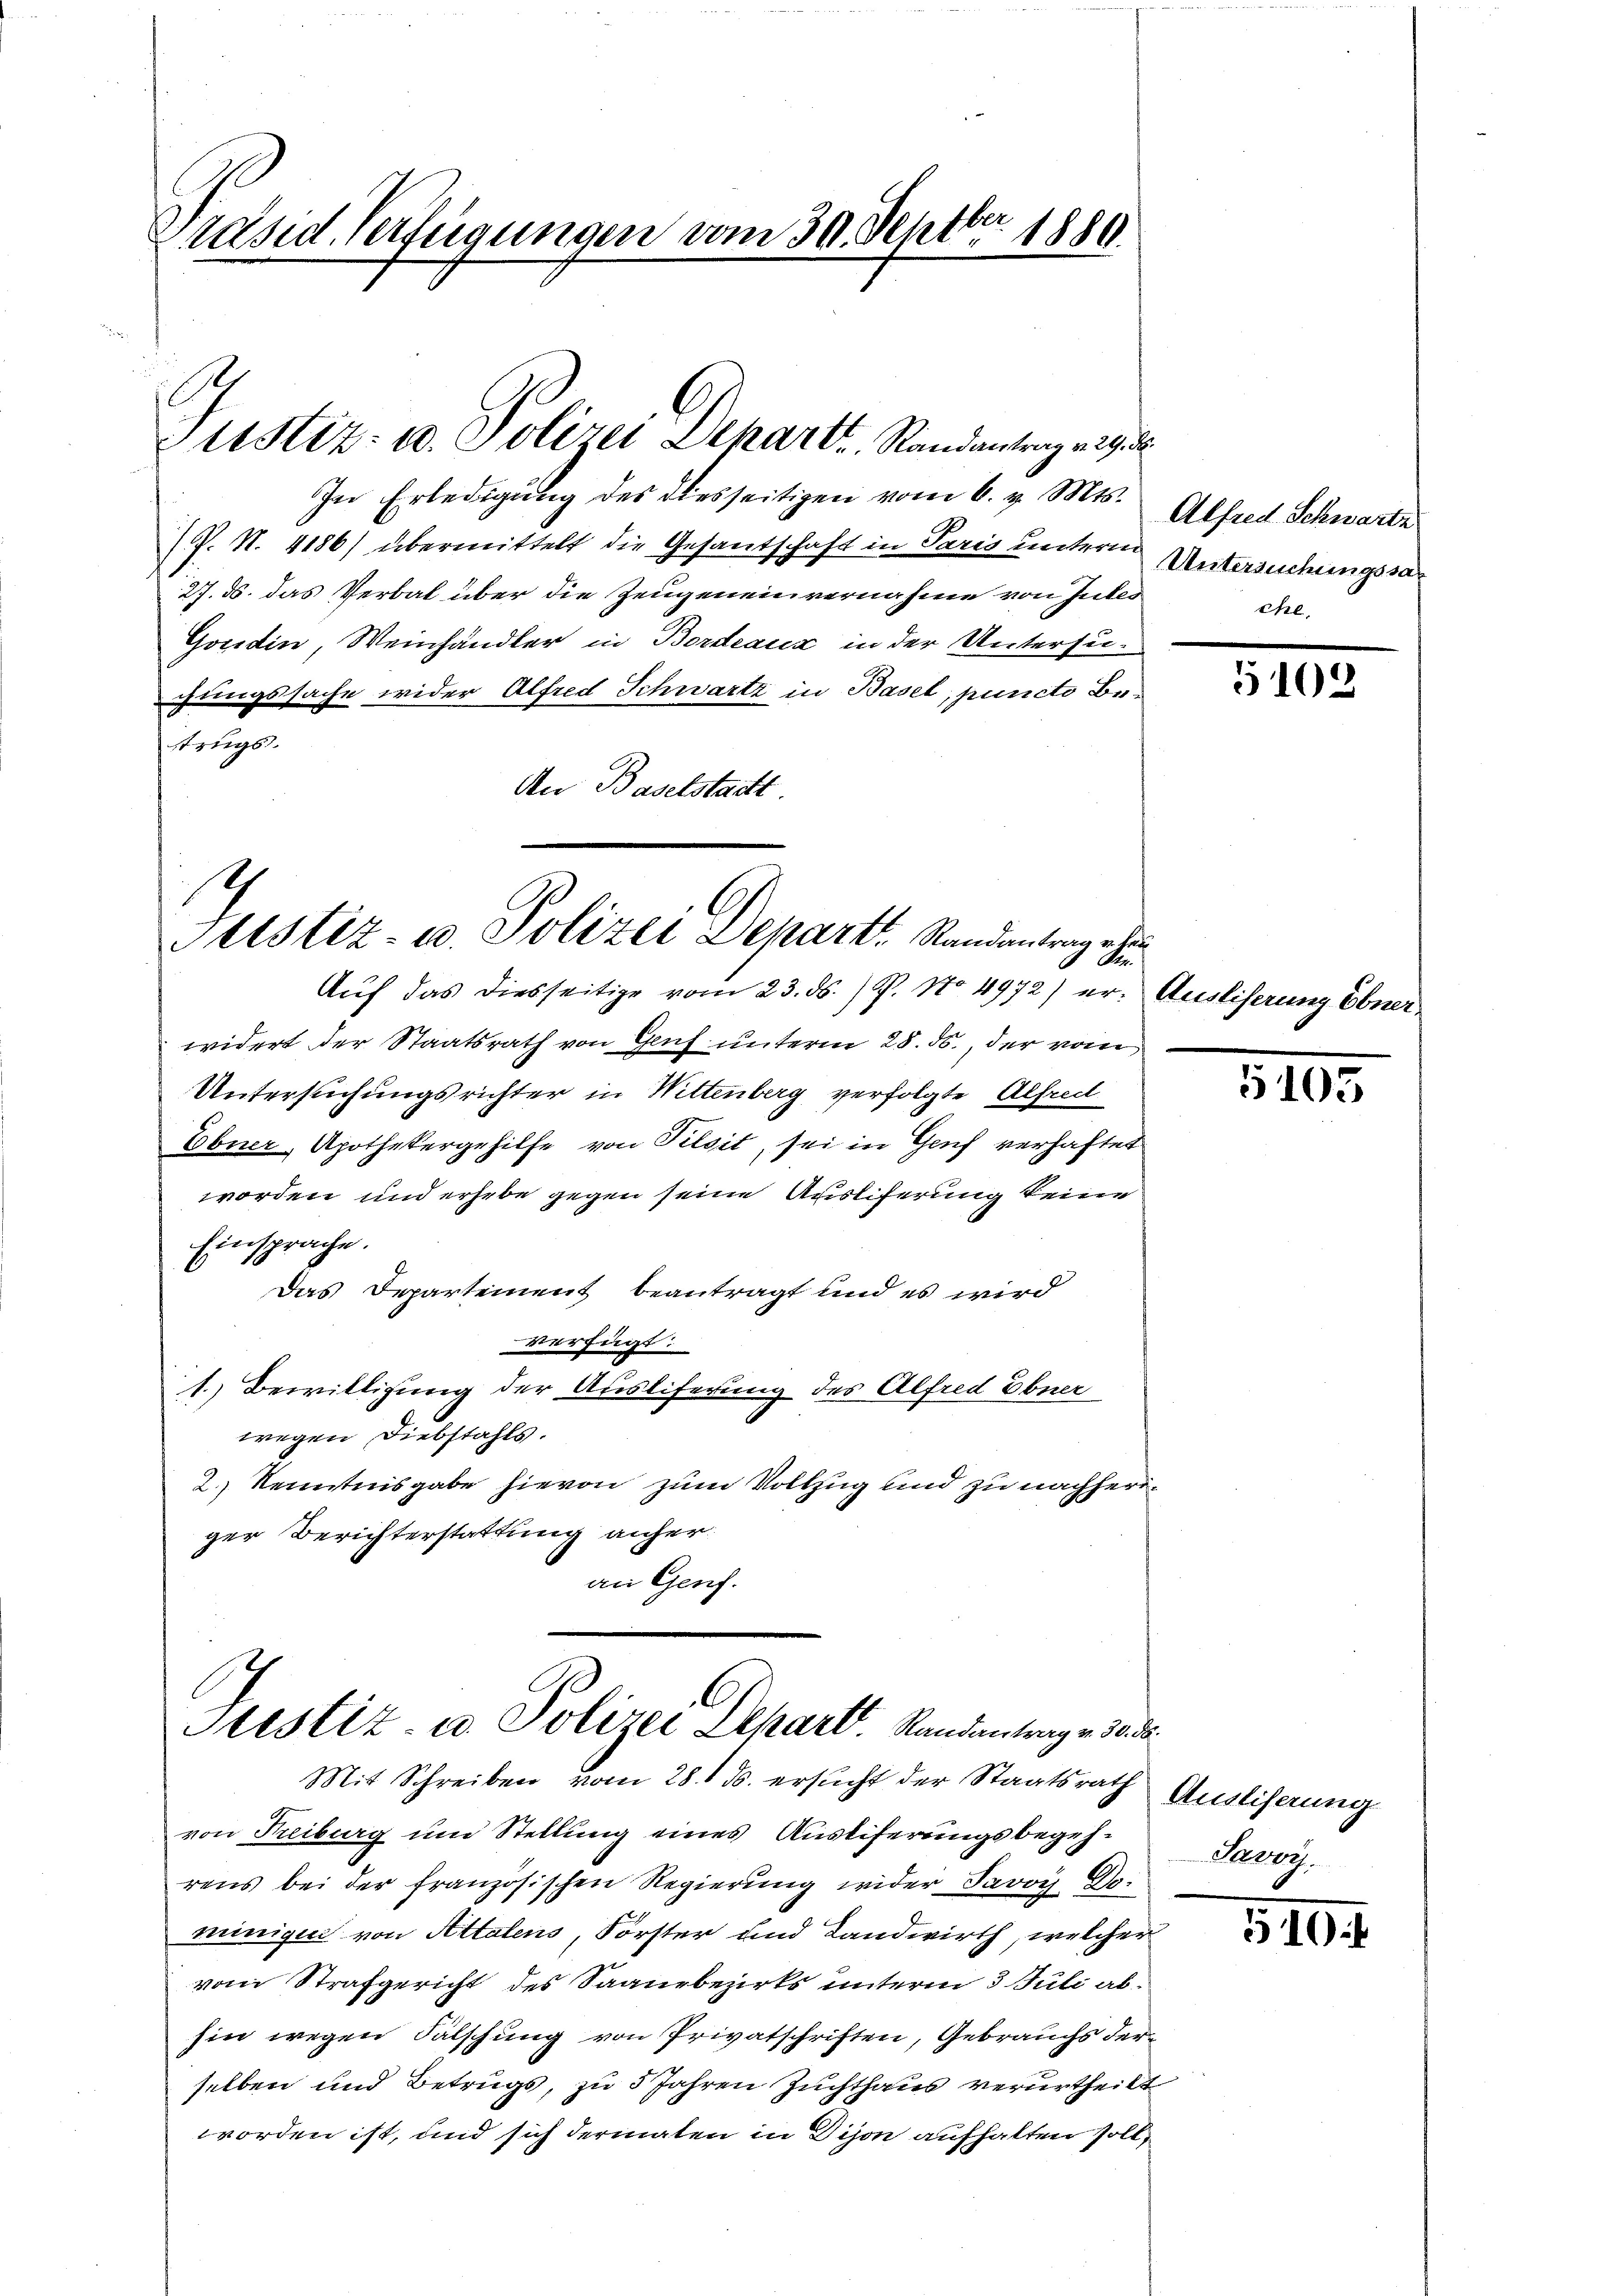
Präsid. Verfügungen vom 30. Septbr. 1880

Justiz- u. Polizei Depart, Randantrag v. 29. D

In Erledigung des diesseitigen vom 6. v. Mts.
(P. N. 4186) übermittelt die Gesandschaft in Paris untern Untersuchungsra
27. ds. das Verbal über die Zeugeneinvernahme von Gutes
Gondin, Weinhändler in Bordeaux in der Untersuchungssache wider Alfred Schwartz in Basel, puncto Betrugs
An Baselstadtt

4
Justiz- u. Polizei Depart Randantrag ein

Auf das diesseitige vom 23. ds. ) P. No 4972) er. Ausliserung Ebner-
widert der Staatsrath von Genf unterm 28. ds., der vom
Untersuchungsrichter in Wittenberg verfolgte Alfreit
Ebner, Apothekergehilfe von Pilsit, sei in Genf verhaftet
worden und erhebe gegen seine Auslieferung keine
Einsprache.
Das Departement beantragt und es wird
verfügt:
1.) Bewilligung der Ausliferung des Alfred Ebner
wegen Diebstahls.
2.) Kenntnisgabe hievon zum Vollzug und zu nachheriger Berichterstattung anher
an Genf.

Stestiz- u. Polizei Schart. Randantrag v. 30. d.
Mit Schreiben vom 28. ds. ersucht der Staatsrath

von Freiburg und Stellung eines Austiferungsbegehrens bei der französischen Regierung wider Savoy D.
minigen von Attalens, Förster und Landwirth, welcher
vom Strafgericht des Saausbezirks unterm 3 Juli abhin wegen Fälschung von Privatschriften, Gebrauchs derselben und Betrugs, zu 5 Jahren Zuchthaus verurtheilt
worden ist, und sich dermaten in Dison aufhalten soll,

Alfred Schwarte
Ehe.

5102

5103

Ausliserung
Parry

510 f